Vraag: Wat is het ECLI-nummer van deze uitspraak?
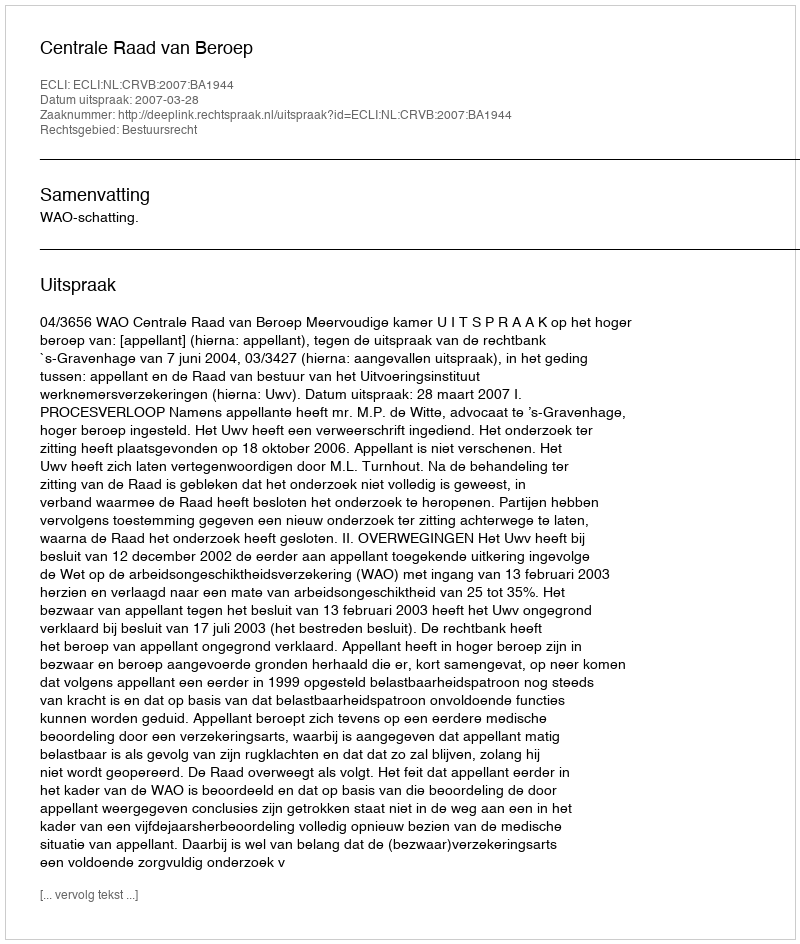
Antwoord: ECLI:NL:CRVB:2007:BA1944